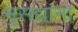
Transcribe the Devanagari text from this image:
मुसद्यांना